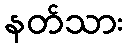
နတ်သား